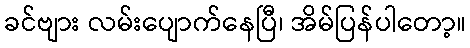
ခင်ဗျား လမ်းပျောက်နေပြီ၊ အိမ်ပြန်ပါတော့။